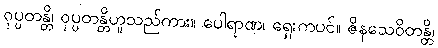
ဝုပ္ပတန္တိ၊ ဝုပ္ပတန္တိဟူသည်ကား။ ပေါရာဏ၊ ရှေးကပင်။ ဇိနသေဝိတန္တိ၊